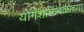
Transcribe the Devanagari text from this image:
योगशक्तिबळाच्या